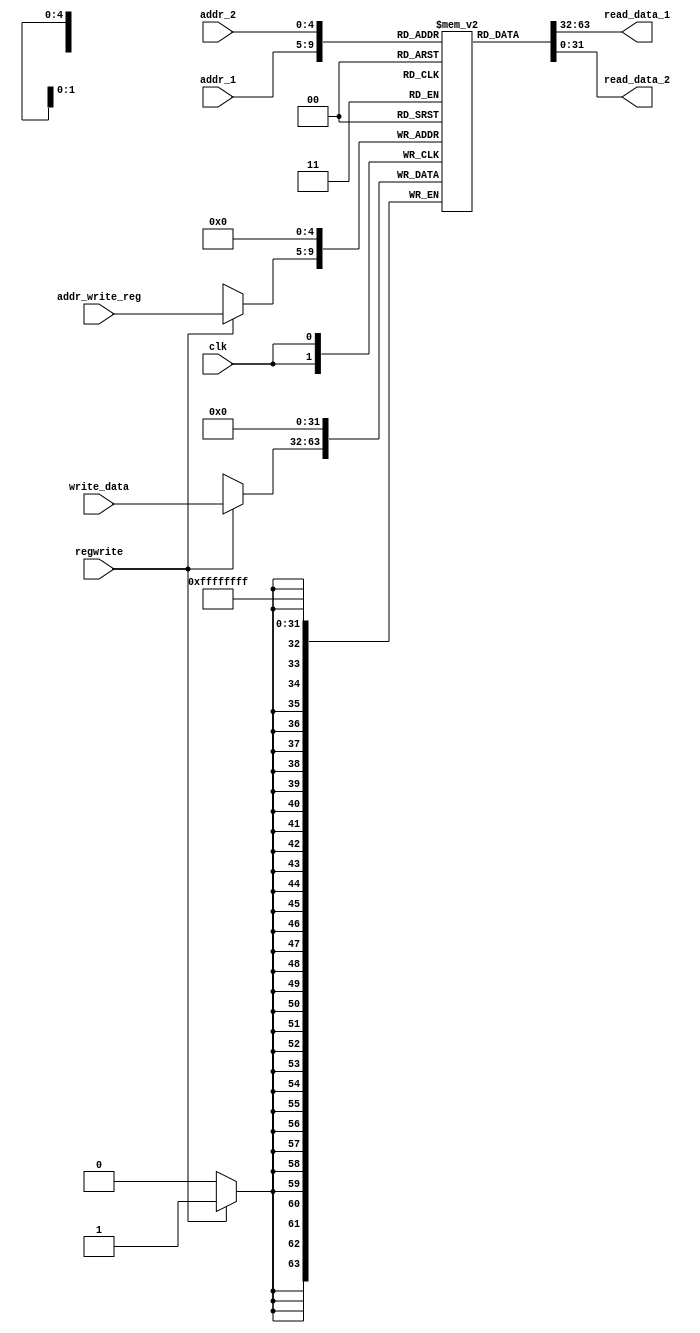
/*
see ica 12
Modify the register file such that it reads its new data input near the beginning of the clock cycle while its outputs will be read near the end of the clock cycle.

"C:\Users\amaan_r7vd8kf\OneDrive - Fresno State\174 Adv Comp Arch\green card 2.jpg"
v0 is reg[2]

*/
`timescale 1ns/1ps

module Registers (
	input clk,
	input regwrite,		//weird syntax highlighting on this input. don't put at end
	input [31:0] write_data,
	input [4:0] addr_1,
	input [4:0] addr_2,
	input [4:0] addr_write_reg,
	output [31:0] read_data_1,
	output [31:0] read_data_2
	//output [31:0] read_v0
);


reg [31:0] regfile [0:31];

always @(negedge clk) begin
	regfile[0] <= 32'b0;	//set reg 0 to zero

	if (regwrite) regfile[addr_write_reg] <= write_data;
end

assign read_data_1 = regfile[addr_1];
assign read_data_2 = regfile[addr_2];

endmodule


/*
/////////////////////////---OLD CODE

module Registers(
output reg [31:0] read_data_1,
output reg [31:0] read_data_2,
input [4:0] read_reg_1,
input [4:0] read_reg_2,
input [4:0] write_reg,
input [31:0] write_data,
input regwrite,
input clk);

reg [31:0] regfile [0:31];
initial begin
regfile[0] = 31'60000;
regfile [2] = 31'b1010;
regfile[4] = 31'b0100;
regfile[6] = 31'b0110;
regfile [8] = 31'b1000;
regfile [10] = 31'b1010;
regfile [12] = 31'b1100;
regfile [14] = 31'b1110;
end

always@(negedge clk)
begin
if (regwrite == 1)
begin
regfile[write_reg] = write_data;
end //if
end // always@(posedge)

always@(read_reg_1, read_reg_2)
begin
read_data_1 = regfile[read_reg_1]; read_data_2 = regfile [read_reg_2];
end //always @(read...)
endmodule

*/